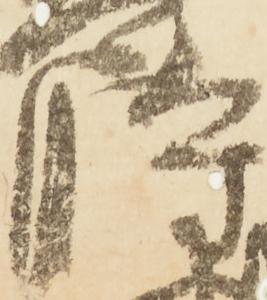
時